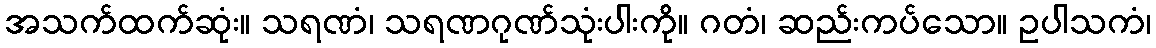
အသက်ထက်ဆုံး။ သရဏံ၊ သရဏဂုဏ်သုံးပါးကို။ ဂတံ၊ ဆည်းကပ်သော။ ဥပါသကံ၊